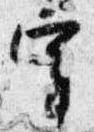
宰